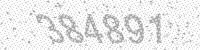
Solution: 384891